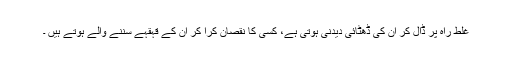
غلط راہ پر ڈال کر ان کی ڈھٹائی دیدنی ہوتی ہے، کسی کا نقصان کرا کر ان کے قہقہے سننے والے ہوتے ہیں ۔